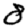
Digit: 8